Scientific memoirs by medical officers of the Army of India - Part VI,
Year: 1891
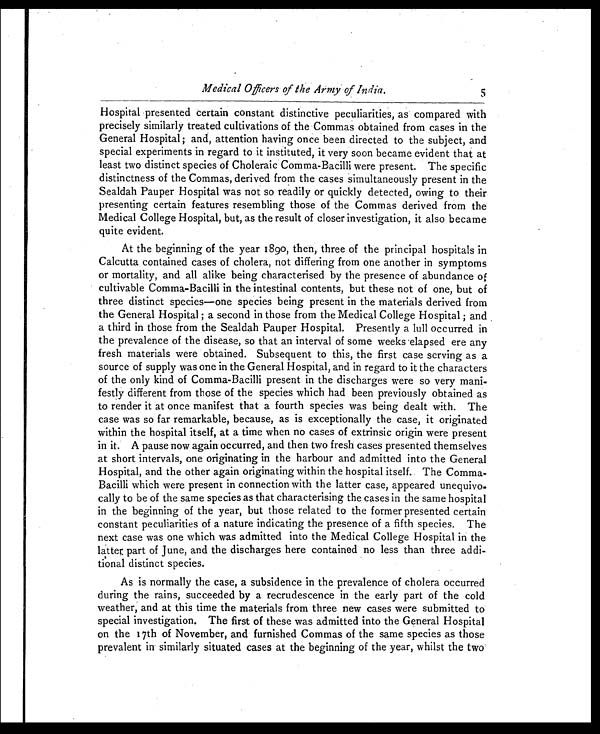
Medical Officers of the Army of India.
Hospital presented certain constant distinctive peculiarities, as compared
with precisely similarly treated cultivations of the Commas obtained from cases in the
General Hospital; and, attention having once been directed to the subject, and
special experiments in regard to it instituted, it very soon became evident that at
least two distinct species of Choleraic Comma-Bacilli were present. The specific
distinctness of the Commas, derived from the cases simultaneously present in the
Sealdah Pauper Hospital was not so readily or quickly detected, owing to t h e i r
presenting certain features resembling those of the Commas derived from the
Medical College Hospital, but, as the result of closer investigation, it also became
quite evident.
At the beginning of the year 1890, then, three of the principal hospitals in
Calcutta contained cases of cholera, not differing from one another in symptoms
or mortality, and all alike being characterised by the presence of abundance of
cultivable Comma-Bacilli in the intestinal contents, but these not of one, but of
three distinct species—one species being present in the materials derived from
the General Hospital; a second in those from the Medical College Hospital; and
a third in those from the Sealdah Pauper Hospital. Presently a lull occurred in
the prevalence of the disease, so that an interval of some weeks elapsed ere any
fresh materials were obtained. Subsequent to this, the first case serving as a
source of supply was one in the General Hospital, and in regard to it the characters
of the only kind of Comma-Bacilli present in the discharges were so very mani-
festly different from those of the species which had been previously obtained as
to render it at once manifest that a fourth species was being dealt with. The
case was so far remarkable, because, as is exceptionally the case, it originated
within the hospital itself, at a time when no cases of extrinsic origin were present
in it. A pause now again occurred, and then two fresh cases presented themselves
at short intervals, one originating in the harbour and admitted into the General
Hospital, and the other again originating within the hospital itself. The Comma-
Bacilli which were present in connection with the latter case, appeared unequivo-
cally to be of the same species as that characterising the cases in the same hospital
in the beginning of the year, but those related to the former presented certain
constant peculiarities of a nature indicating the presence of a fifth species. The
next case was one which was admitted into the Medical College Hospital in the
latter, part of June, and the discharges here contained no less than three addi-
tional distinct species.
As is normally the case, a subsidence in the prevalence of cholera occurred
during the rains, succeeded by a recrudescence in the early part of the cold
weather, and at this time the materials from three new cases were submitted to
special investigation. The first of these was admitted into the General Hospital
on the 17th of November, and furnished Commas of the same species as those
prevalent in similarly situated cases at the beginning of the year, whilst the two
5